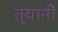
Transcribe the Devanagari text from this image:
त्यांनीेे